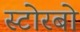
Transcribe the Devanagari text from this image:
स्टोरबो